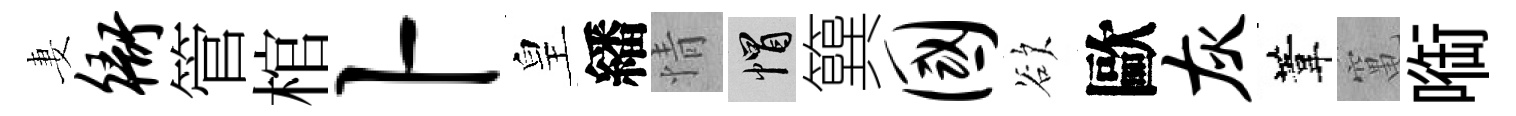
妻衙管棺卜皇繙情帽簨国欲歐灰葦𥧄㗸